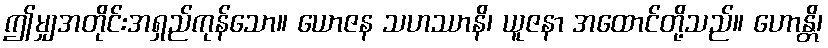
ဤမျှအတိုင်းအရှည်ကုန်သော။ ယောဇန သဟဿာနိ၊ ယူဇနာ အထောင်တို့သည်။ ဟောန္တိ၊